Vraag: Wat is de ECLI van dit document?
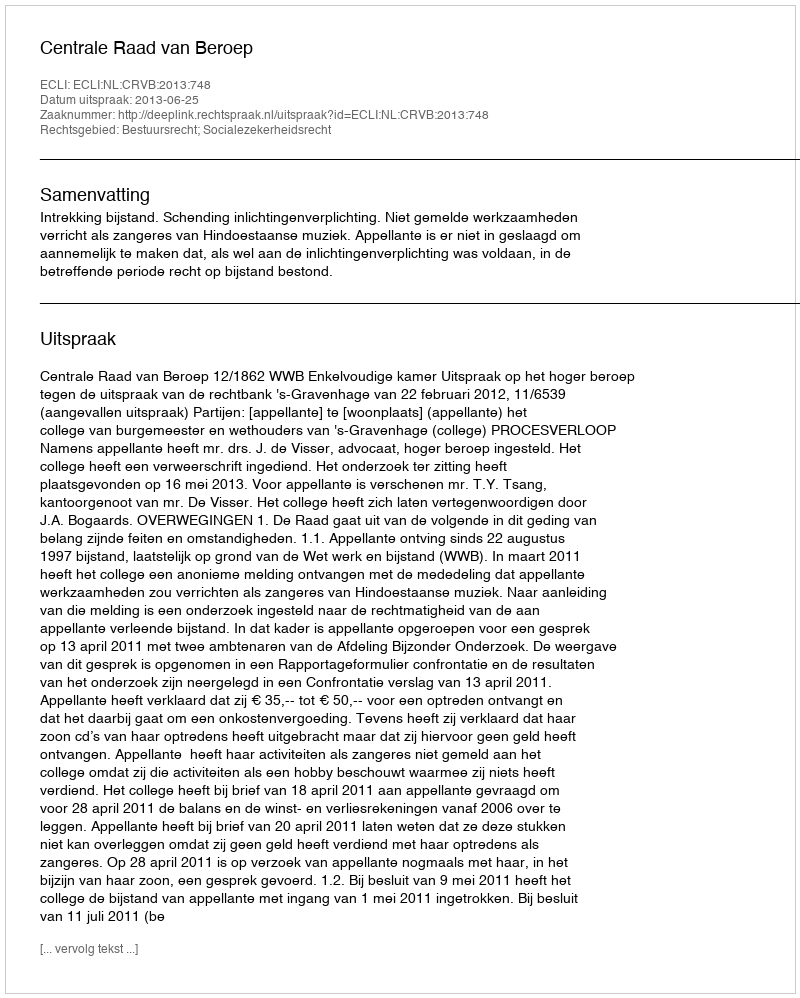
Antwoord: ECLI:NL:CRVB:2013:748